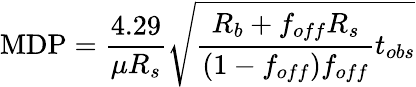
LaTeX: \mathrm{MDP}=\frac{4.29}{\mu R_{s}}\sqrt{\frac{R_{b}+f_{off}R_{s}}{(1-f_{off})f_{off}}t_{obs}}